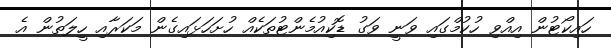
ހައިކޯޓުން އިއްވި ހުކުމްގައި ވަނީ ވަގު ޑޮކިއުމެންޓުތަކެއް ހުށަހަޅައިގެން މަކަރާއި ހީލަތުން އެ